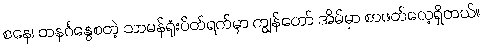
စနေ၊ တနင်္ဂနွေစတဲ့ သာမန်ရုံးပိတ်ရက်မှာ ကျွန်တော် အိမ်မှာ စာဖတ်လေ့ရှိတယ်။